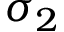
\sigma _ { 2 }